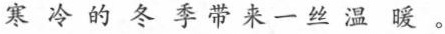
寒冷的冬季带来一丝温暖。